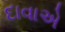
દાવાએ